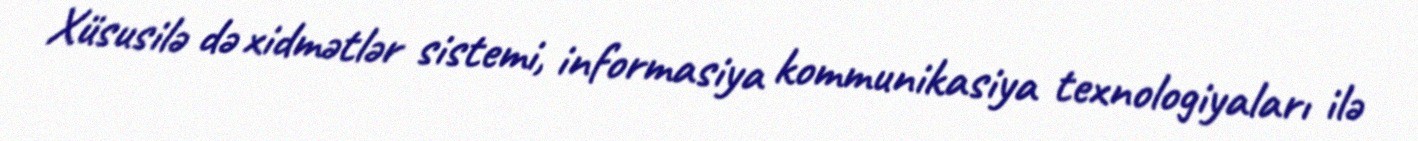
Xüsusilə də xidmətlər sistemi, informasiya kommunikasiya texnologiyaları ilə